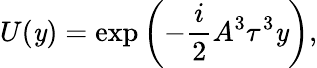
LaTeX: U(\mathit{y})=\exp\left(-\frac{{i}}{{2}}A^{3}\tau^{3}\mathit{y}\right),